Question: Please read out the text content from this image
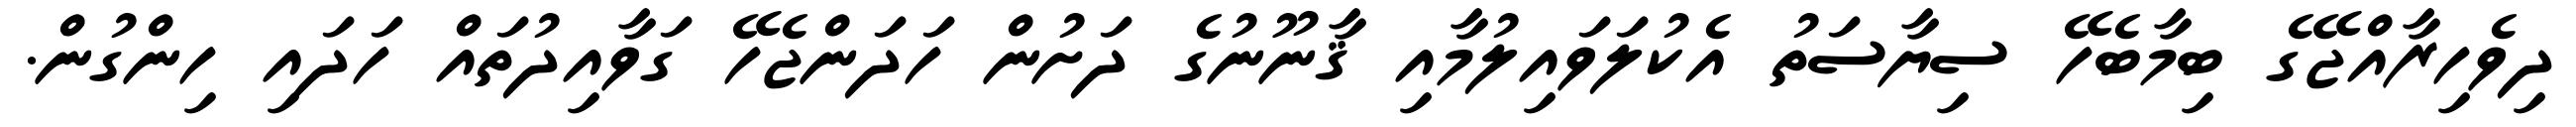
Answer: ދިވެހިރާއްޖޭގެ ބިމާބެހޭ ސިޔާސަތު އެކުލަވައިލުމާއި ޤާނޫނުގެ ދަށުން ހަދަންޖެހޭ ގަވާއިދުތައް ހަދައި ހިންގުން.